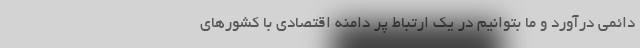
دائمی درآورد و ما بتوانیم در یک ارتباط پر دامنه اقتصادی با کشورهای